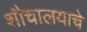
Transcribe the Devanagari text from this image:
शौचालयाचे